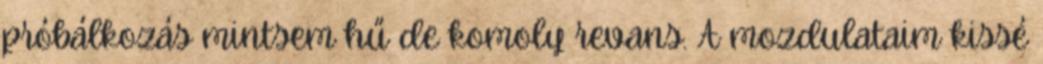
próbálkozás mintsem hű de komoly revans. A mozdulataim kissé